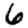
Digit: 6